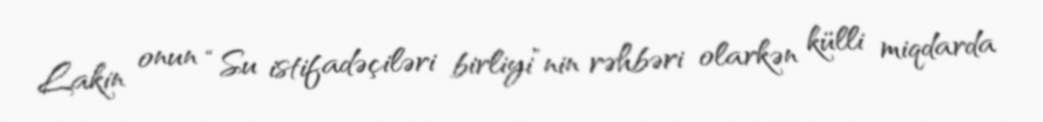
Lakin onun “Su istifadəçiləri birliyi”nin rəhbəri olarkən külli miqdarda